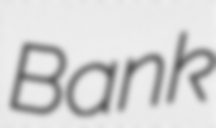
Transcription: Bank